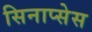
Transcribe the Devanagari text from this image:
सिनाप्सेस